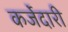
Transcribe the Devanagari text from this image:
कर्जेदारी